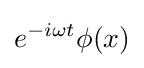
e^{-i\omega t}\phi (x)